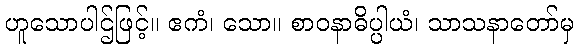
ဟူသောပါဌ်ဖြင့်။ ဧကံ၊ သော။ စာဝနာဓိပ္ပါယံ၊ သာသနာတော်မှ